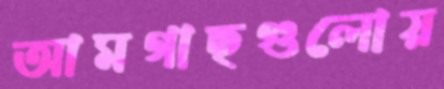
আমগাছগুলোয়